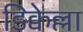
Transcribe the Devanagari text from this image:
डिक्वेल्ला